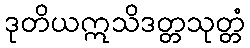
ဒုတိယဣသိဒတ္တသုတ္တံ